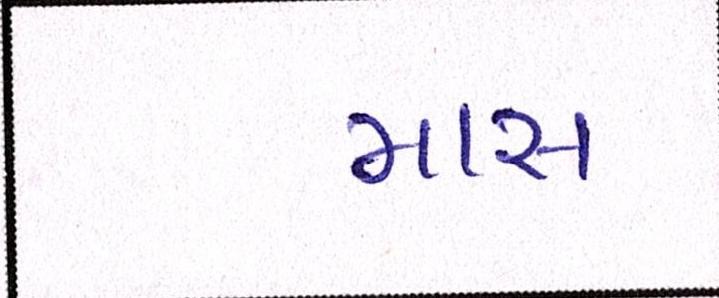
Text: માસ